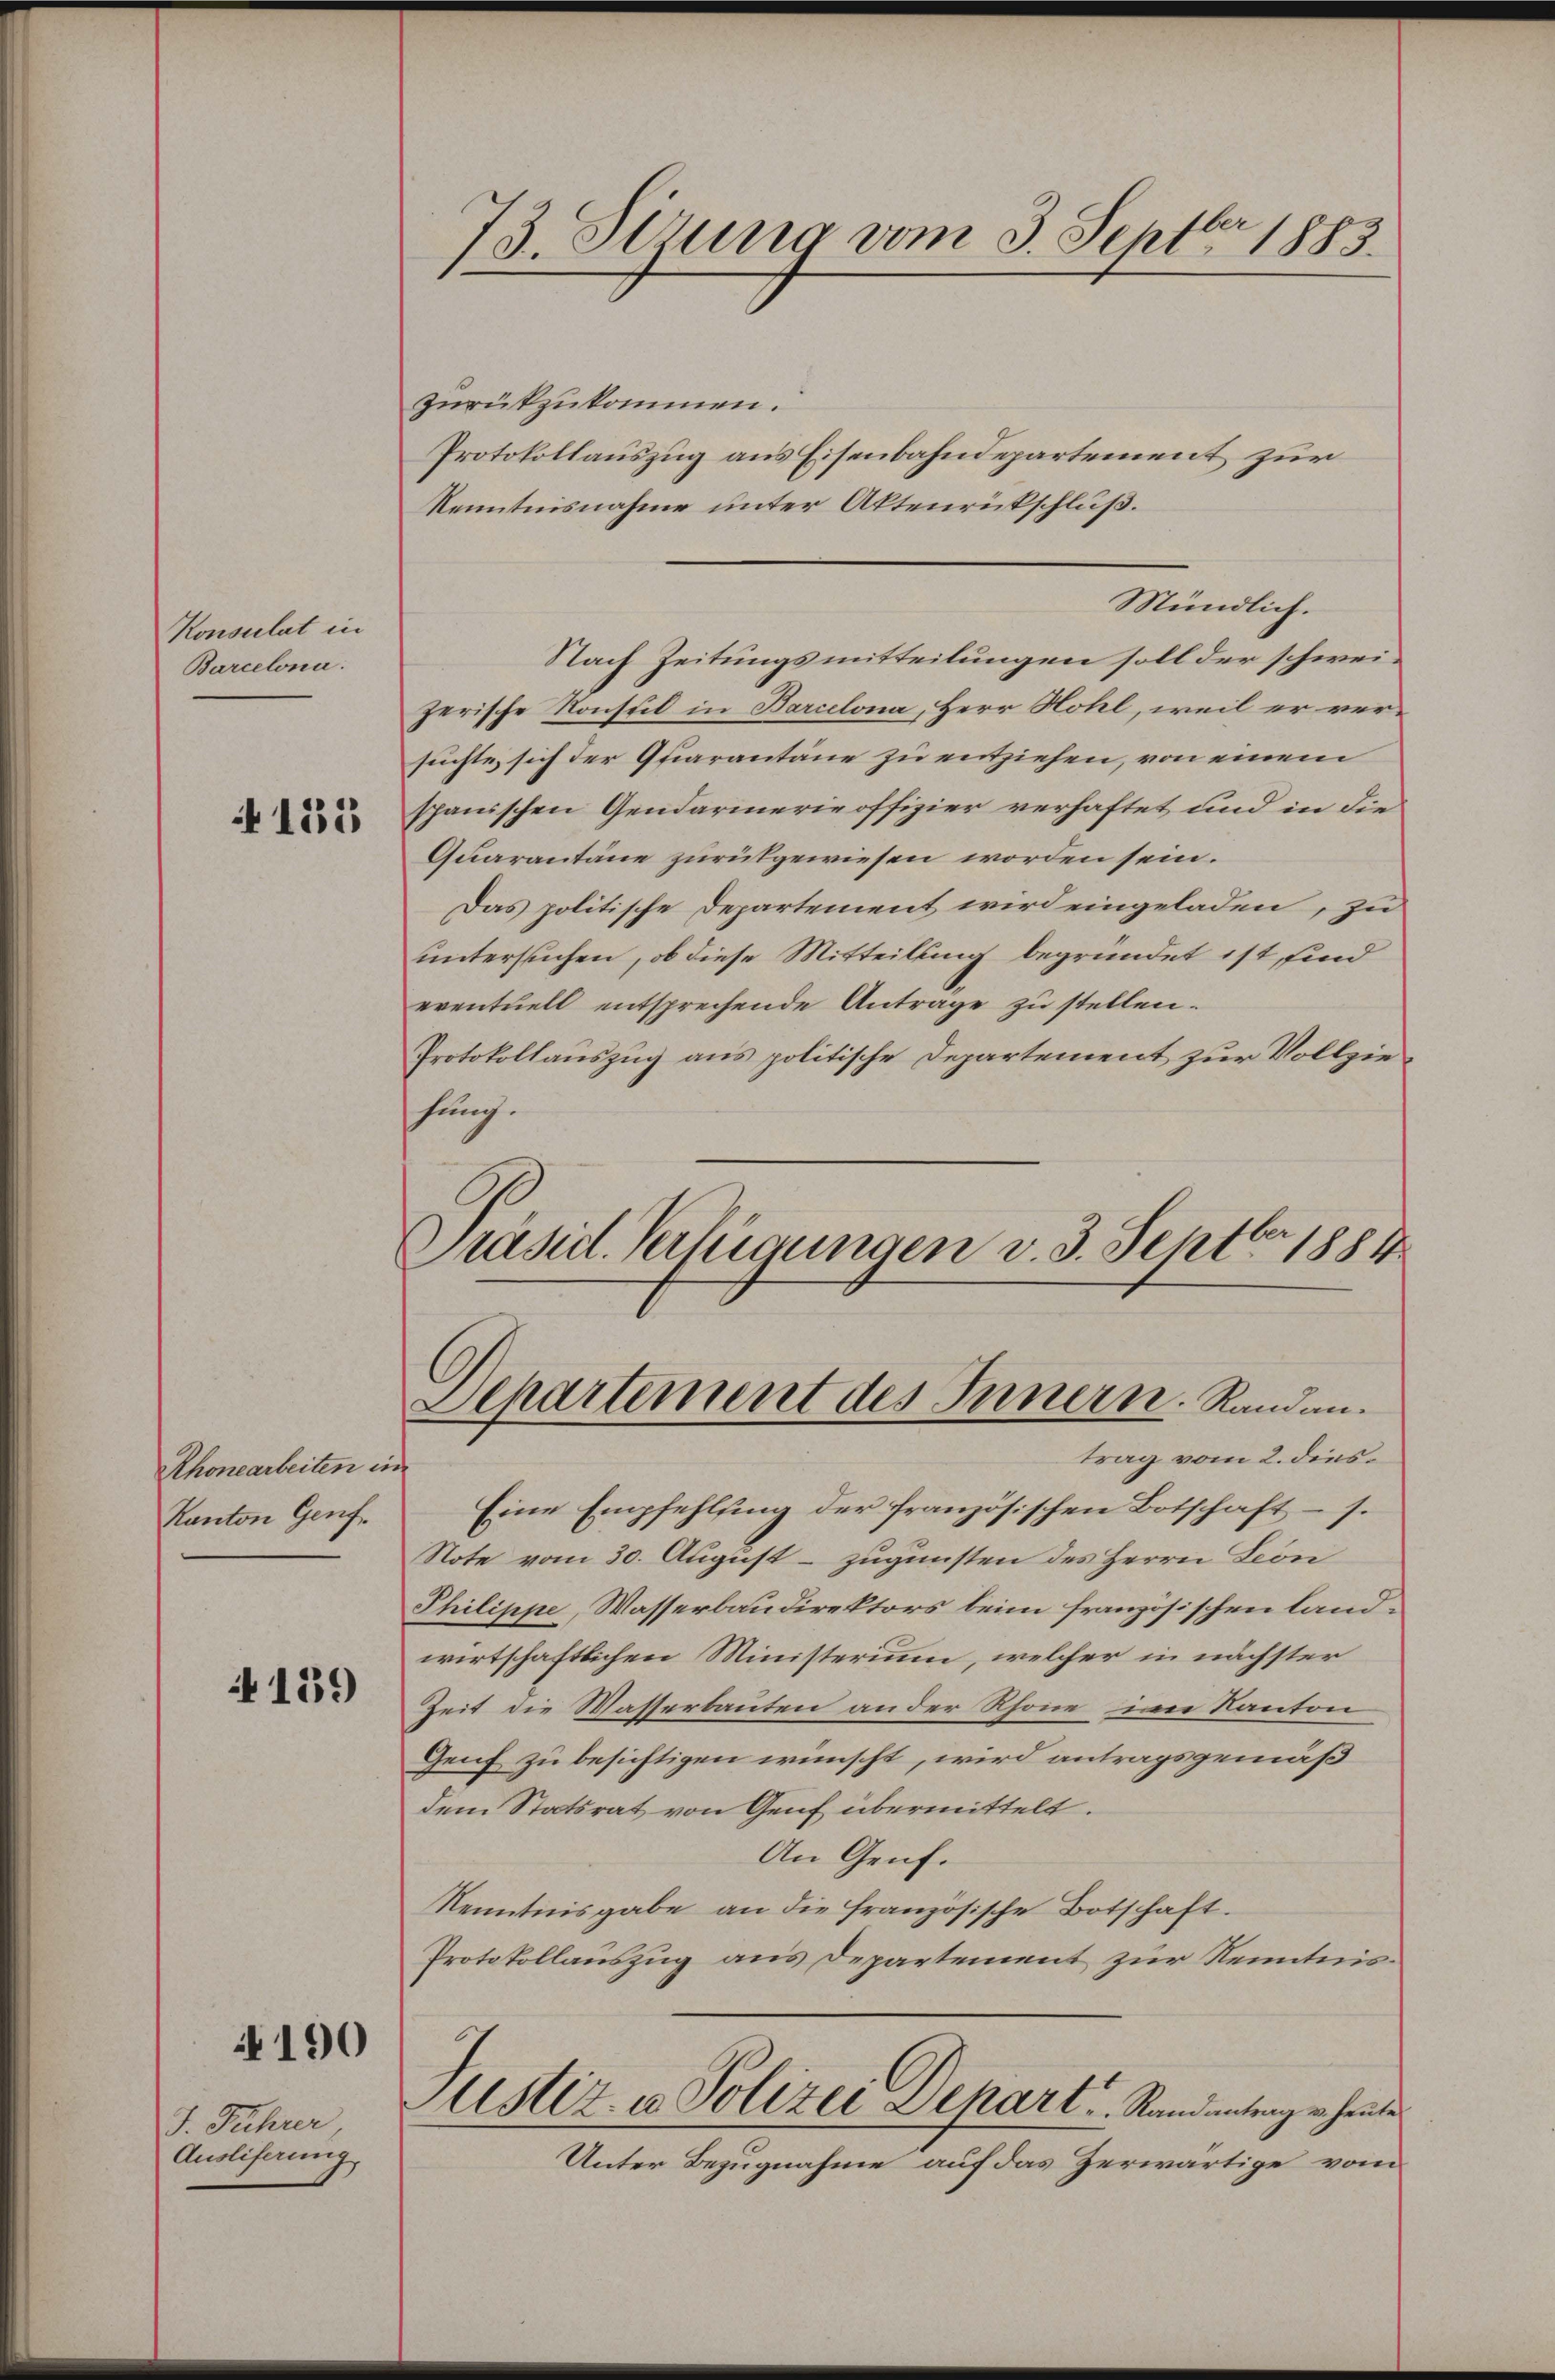
Konsulat in
Barcelona.

4155

Rhonearbeiten in
Kanton Genf

139

190

J. Fuhrer,
Ausliferung,

73. Derung vom 3. Septbr 1883.

zurückzukommen.
Protokollauszug aus Eisenbahndepartement zur
Kenntnisnahme unter Aktenrickschluß.
Nach Zeitungsmitteilungen soll der schweizerische Konstil in Barcelona, Herr Hohl, weil er versuchte sich der Quarantane zu entziehen, von einem
spanischen Gendarmerie offizier verhaftet und in die
Quarantäne zurückgewiesen worden sein.
Das politische Departement wird eingeladen, zu
untersuchen, ob diese Mitteilung begründet ist, sind
eventuell entsprechende Antrage zu stellen.
Protokollauszug aus politische Departement zur Vollziehung.
Präsid. Verfügungen v. 3. Septbr 1884

Mündlich.

Departement des Innern. Randantrag vom 2. dies

Eine Empfehlung der französischen Botschaft – s.
Note vom 30. August – zugunsten des Herrn Leon
Philippe, Wasserbaudirektors beim französischen landwirtschaftlichen Ministerium, welcher in nächster
Zeit die Wasserbauten an der Rhone, im Kanton
Genf zu besichtigen wünscht, wird antragsgemäß
dem Statsrat von Genf übermittelt.
An Genf.
Kenntnisgabe an die französische Botschaft.
Protokollauszug aus Departement zur Kenntnis¬
Justiz- u Polizei Depart, Randentengehende
Unter Bezugnahme auf das Zerwärtige vom